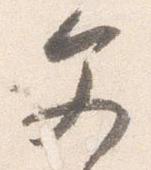
文